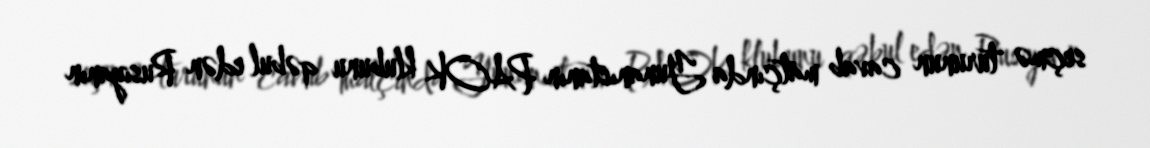
seçmə turunun cavab matçında Yunanıstanın PAOK klubunu qəbul edən Rusiyanın